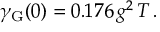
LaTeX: \gamma _ { \mathrm { G } } ( 0 ) = 0 . 1 7 6 \, g ^ { 2 } \, T \, .